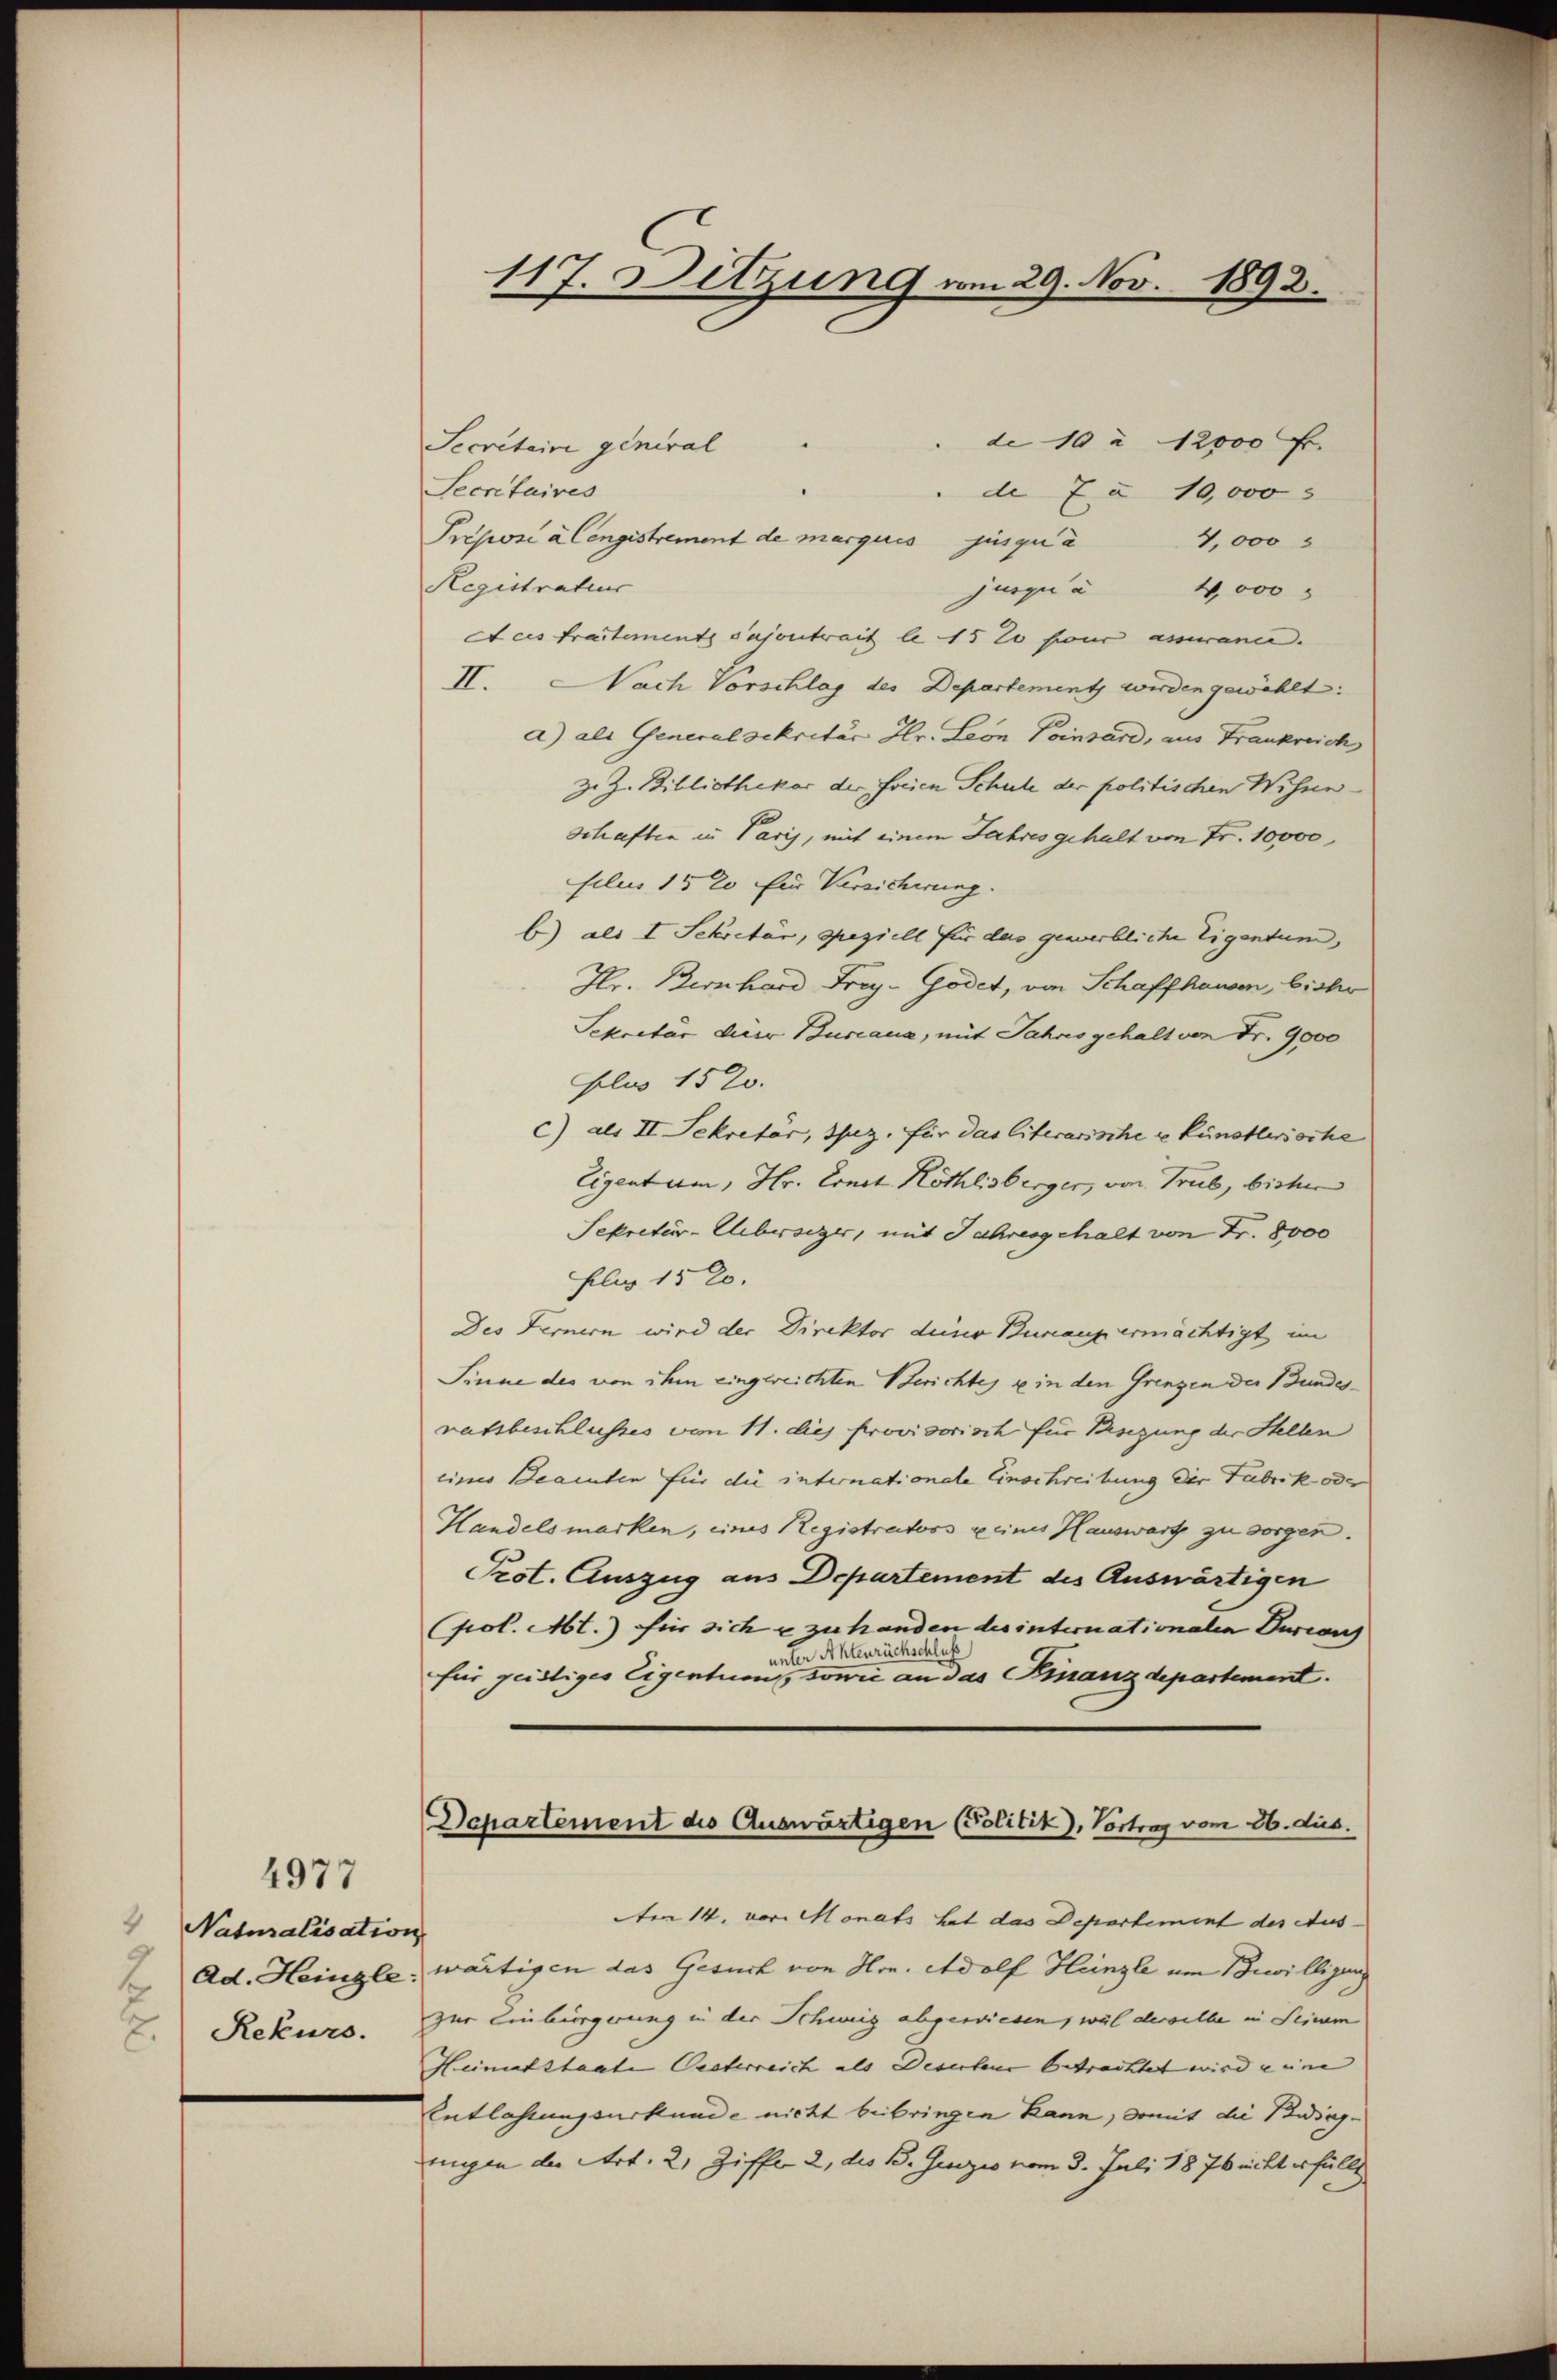
4977
 Naturalisation
2.) Rekurs.

117. Dittung vom 29. Nov. 1892.

de 10 à 12000 Fr.
Secretaire general
Secretaires
de 7 § 10,000 s
Preposi à Cengistrement de marqués jusqua
4,000
Registratur
jurgi à 4,000
Aces tractement sajontrait le 15 t four assmann.
II. Nach Vorschlag des Departement werden gewählt:
a) als Generalsekretär Hr. Leon Pinsard, aus Frankreich
Z. Z. Bibliothekar der orien Schule der politischen Wisneschaften in Paris, mit einem Jahres gehalt von Fr. 10,000
filus 1520 für Versicherung.
b) als I. Sekretär, speziell für das gewerbliche Eigentum,
Hlr. Bernhard Frey-Godet, von Schaffhausen, bisher
Sekretär dieer Burcana, mit Jahres gehalt von Fr. 9000
Folus 152.
c) als II. Sekretär, Thuz, für das literarische u künstlerische
Eigentum, Hr. Ernet Röthlisberger, von Trub, bisher
Sekretär-Übersizer, mit Jahresgehalt von Fr. 8000
fl 152.
Des Fernern wird der Direktor deiner Bureaux ermächtigt im
Sinne des von ihm eingereichten Berichtes u in den Grenzen der Bundesratsbeschlusses vom 11. dies provisorisch für Besizung der Stellen
eines Beamten für die internationale Einschreibung der Fabrik oder
Handelsmarken, eines Registrators keines Hauswart zu sorgen.
Prot. Auszug aus Departement des Auswärtigen
(pol. Mt.) für sich u zu handen die internationalen Turcaus
unter Ahlenrückschluß
für geistiges Eigentuen, sowie an das Finanzdepartement.

Departement des Auswärtigen (Politik), Vortrag vom 26. dus.

m 14. vor. Monats hat das Departement des Aus-
Ad. Heingle: wärtigen das Gesuch von Hrn. Adolf Heinzle um Bewilligung
zur Einbürgerung in der Schinig abgewiesen, weil derselbe in Seinem
Heimatstaate Oesterreich als Deserbene betrachtet wird eine |
Entlastungsurkunde nicht beibringen kann, damit die Beding-
ungen die Art. 2, Ziff. 2, des B. Genzis vom 3. Juli 1876 nicht erfüllt